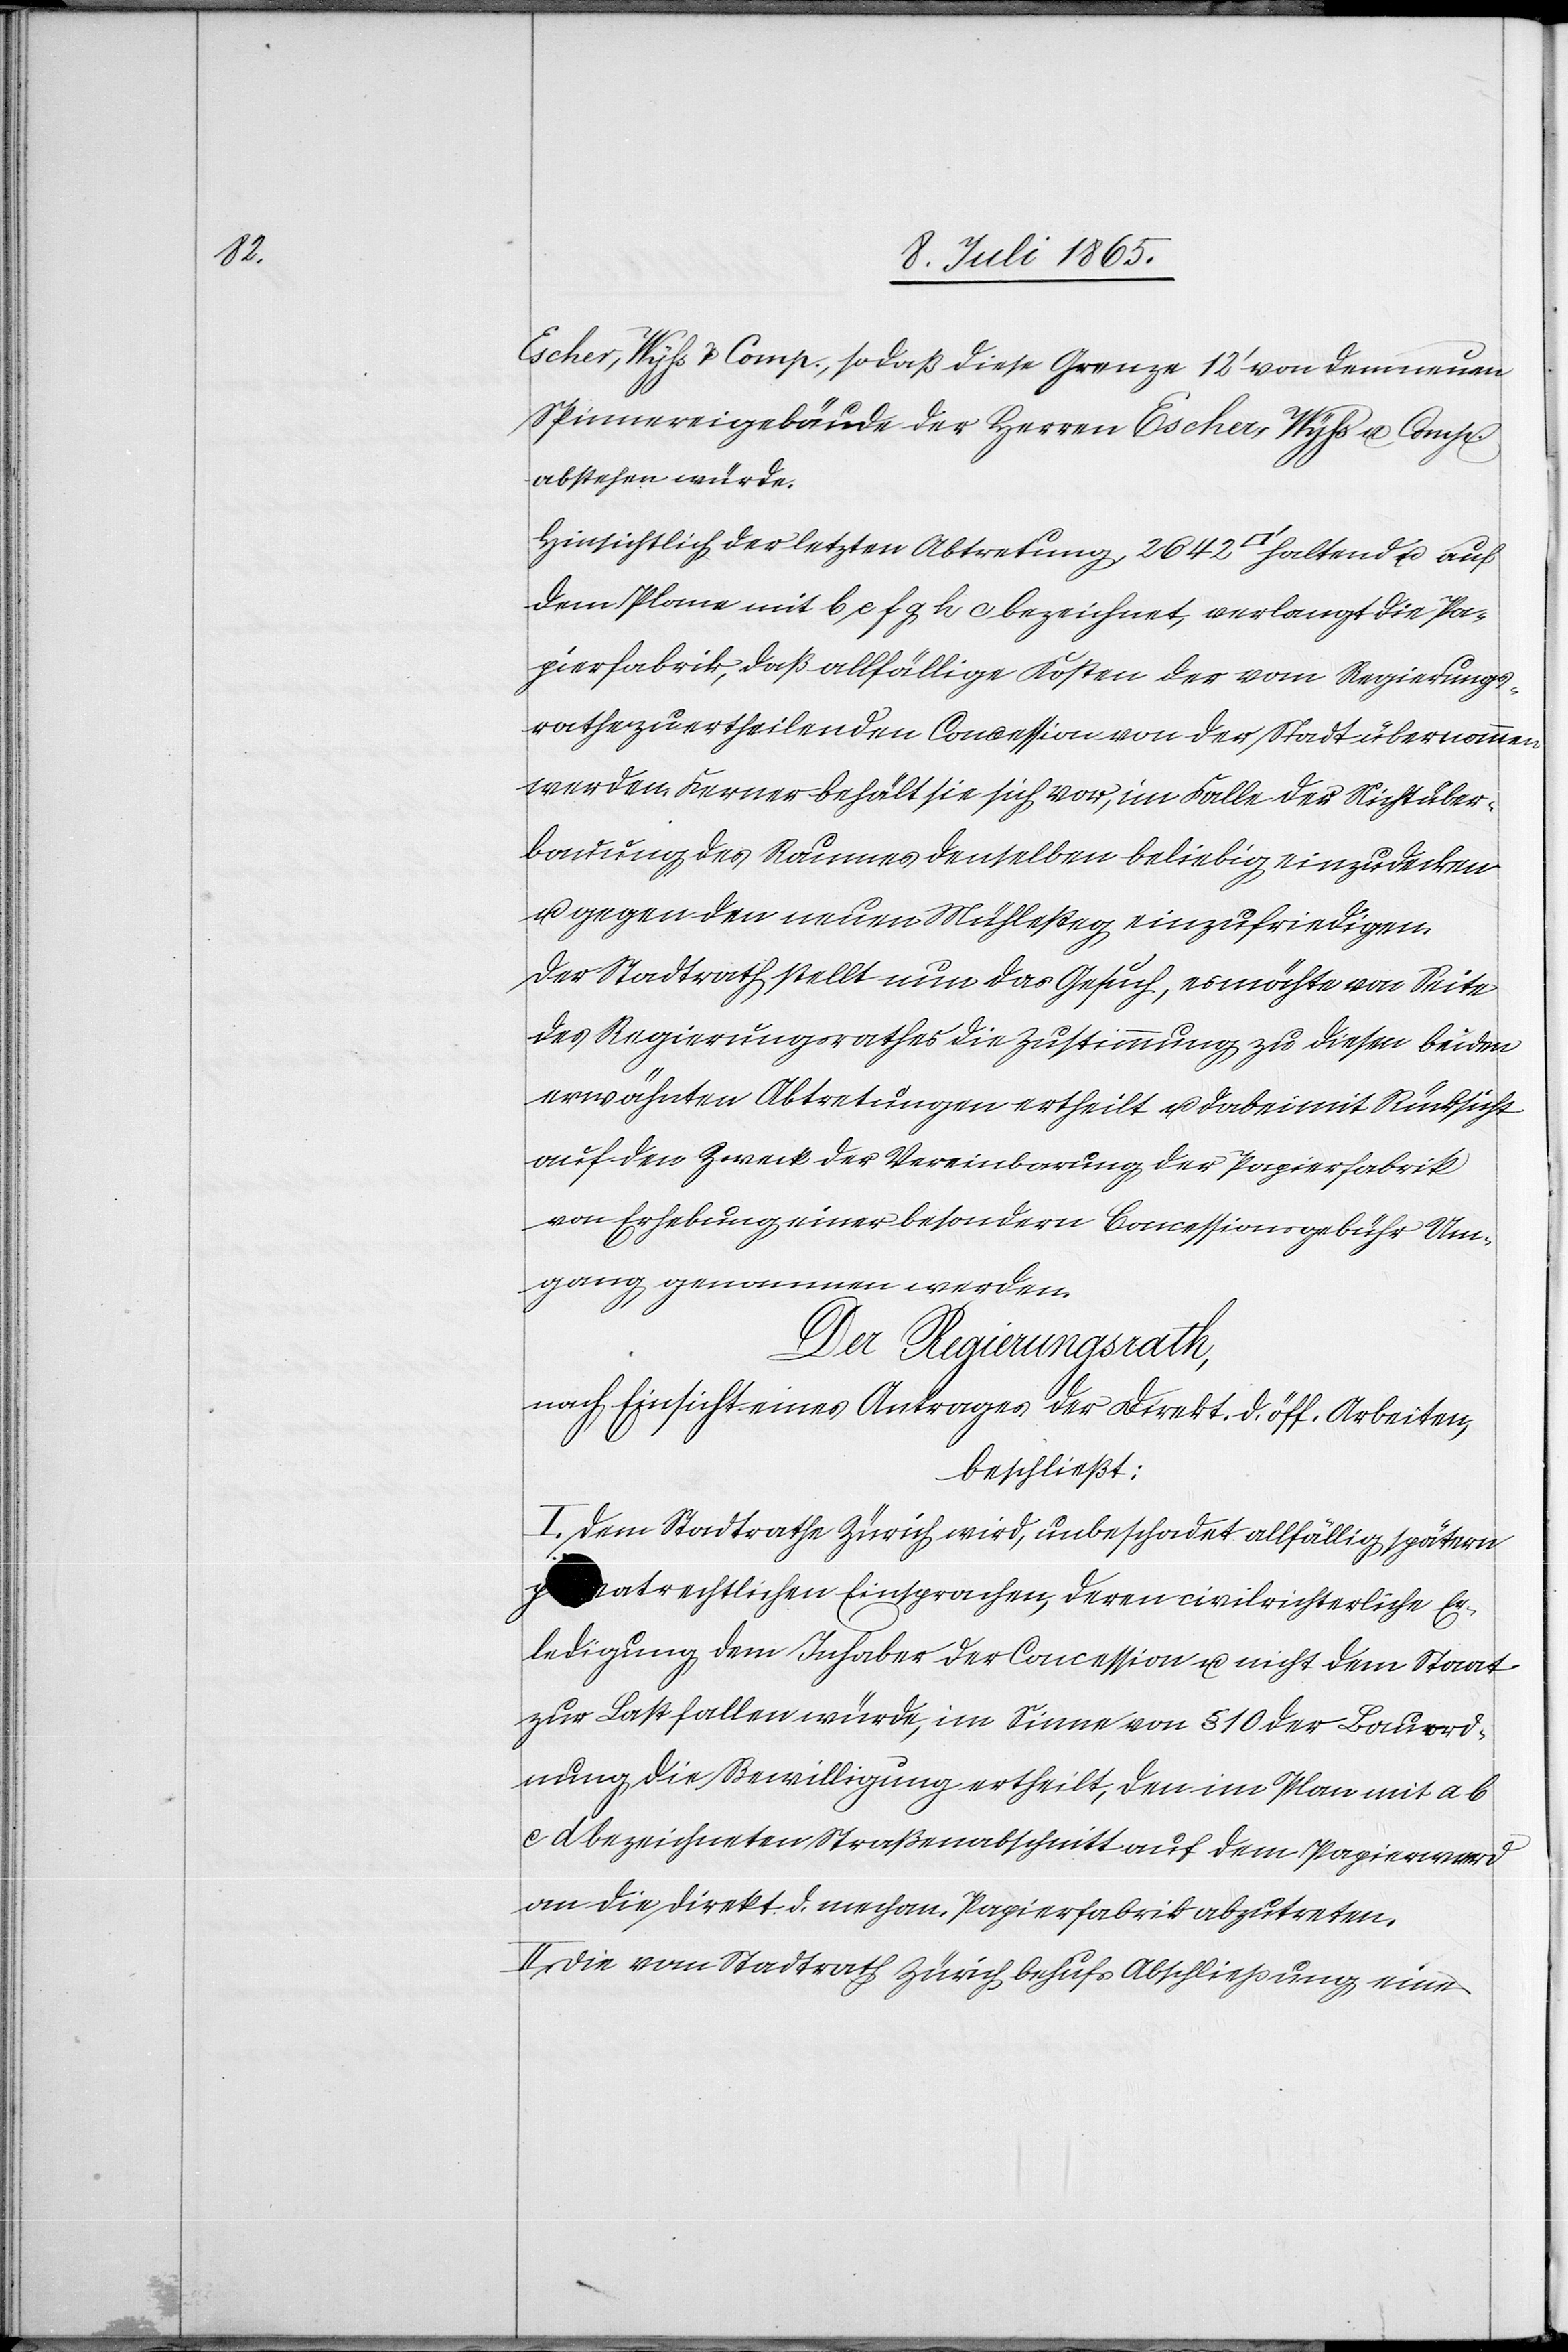
Escher, Wyss u. Comp., so daß diese Grenze 12’ von dem neuen
Spinnereigebäude der Herren Escher, Wyss u. Comp.
abstehen würde.
Hinsichtlich der letzten Abtretung 2642 [Quadratfuss] haltend u. auf
dem Plane mit b c f g h e bezeichnet, verlangt die Pa¬
pierfabrik, daß allfällige Kosten der vom Regierungs¬
rathe zu ertheilenden Concession von der Stadt übernommen
werden. Ferner behält sie sich vor, im Falle der Nichtüber¬
bauung des Raumes denselben beliebig einzudecken
u. gegen den neuen Mühlesteg einzufriedigen.
Der Stadtrath stellt nun das Gesuch, es möchte von Seite
des Regierungsrathes die Zustimmung zu diesen beiden
erwähnten Abtretungen ertheilt u. dabei mit Rücksicht
auf den Zweck der Vereinbarung der Papierfabrik
von Erhebung einer besondern Concessionsgebühr Um¬
gang genommen werden.
Der Regierungsrath,
nach Einsicht eines Antrages der Direkt. d. öff. Arbeiten,
beschließt:
I. Dem Stadtrathe Zürich wird, unbeschadet allfällig spätern
p[riv]atrechtlichen Einsprachen, deren civilrichterliche Er¬
ledigung dem Inhaber der Concession u. nicht dem Staat
zur Last fallen würde, im Sinne von § 10 der Bauord¬
nung die Bewilligung ertheilt, den im Plan mit a b
c d bezeichneten Straßenabschnitt auf dem Papierwerd
an die Direkt. d. mechan. Papierfabrik abzutreten.
II. Die vom Stadtrath Zürich behufs Abschließung eines